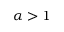
\alpha > 1